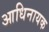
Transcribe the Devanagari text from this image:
आधिनायक